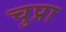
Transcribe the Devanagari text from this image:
चुप्रा